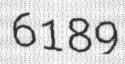
6189